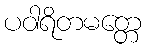
ပဝါရိတမတ္တေ